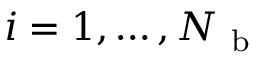
i = 1 , \ldots , N _ { \mathrm { ~ b ~ } }